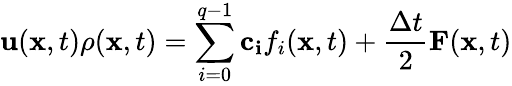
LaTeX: \mathbf{u}(\mathbf{x},t)\rho(\mathbf{x},t)=\sum_{i=0}^{q-1}\mathbf{c_{i}}f_{i}(\mathbf{x},t)+\frac{\Delta t}{2}\mathbf{F}(\mathbf{x},t)